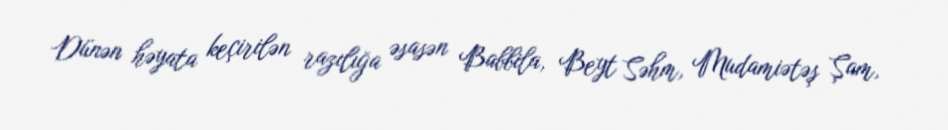
Dünən həyata keçirilən razılığa əsasən Babbila, Beyt Səhm, Mudamiətəş Şam,